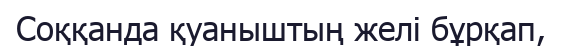
Соққанда қуаныштың желі бұрқап,